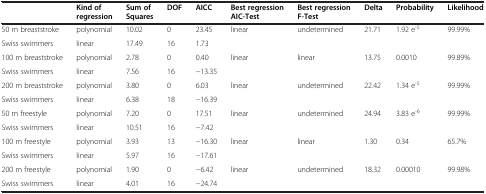
|  | Kind of regression | Sum of Squares | DOF | AICC | Best regression AIC-Test | Best regression F-Test | Delta | Probability | Likelihood |
 | --- | --- | --- | --- | --- | --- | --- | --- | --- | --- |
 | 50 m breaststroke | polynomial | 10.02 | 0 | 23.45 | <ROWSPAN=2> linear | <ROWSPAN=2> undetermined | <ROWSPAN=2> 21.71 | <ROWSPAN=2> 1.92 e-5 | <ROWSPAN=2> 99.99% |
 | Swiss swimmers | linear | 17.49 | 16 | 1.73 |
 | 100 m breaststroke | polynomial | 2.78 | 0 | 0.40 | <ROWSPAN=2> linear | <ROWSPAN=2> linear | <ROWSPAN=2> 13.75 | <ROWSPAN=2> 0.0010 | <ROWSPAN=2> 99.89% |
 | Swiss swimmers | linear | 7.56 | 16 | −13.35 |
 | 200 m breaststroke | polynomial | 3.80 | 0 | 6.03 | <ROWSPAN=2> linear | <ROWSPAN=2> undetermined | <ROWSPAN=2> 22.42 | <ROWSPAN=2> 1.34 e-5 | <ROWSPAN=2> 99.99% |
 | Swiss swimmers | linear | 6.38 | 18 | −16.39 |
 | 50 m freestyle | polynomial | 7.20 | 0 | 17.51 | <ROWSPAN=2> linear | <ROWSPAN=2> undetermined | <ROWSPAN=2> 24.94 | <ROWSPAN=2> 3.83 e-6 | <ROWSPAN=2> 99.99% |
 | Swiss swimmers | linear | 10.51 | 16 | −7.42 |
 | 100 m freestyle | polynomial | 3.93 | 13 | −16.30 | <ROWSPAN=2> linear | <ROWSPAN=2> linear | <ROWSPAN=2> 1.30 | <ROWSPAN=2> 0.34 | <ROWSPAN=2> 65.7% |
 | Swiss swimmers | linear | 5.97 | 16 | −17.61 |
 | 200 m freestyle | polynomial | 1.90 | 0 | −6.42 | <ROWSPAN=2> linear | <ROWSPAN=2> undetermined | <ROWSPAN=2> 18.32 | <ROWSPAN=2> 0.00010 | <ROWSPAN=2> 99.98% |
 | Swiss swimmers | linear | 4.01 | 16 | −24.74 |